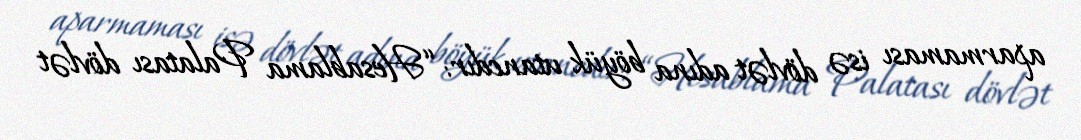
aparmaması isə dövlət adına böyük utancdır: “Hesablama Palatası dövlət